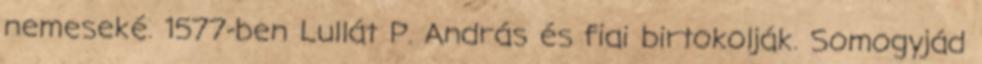
nemeseké. 1577-ben Lullát P. András és fiai birtokolják. Somogyjád